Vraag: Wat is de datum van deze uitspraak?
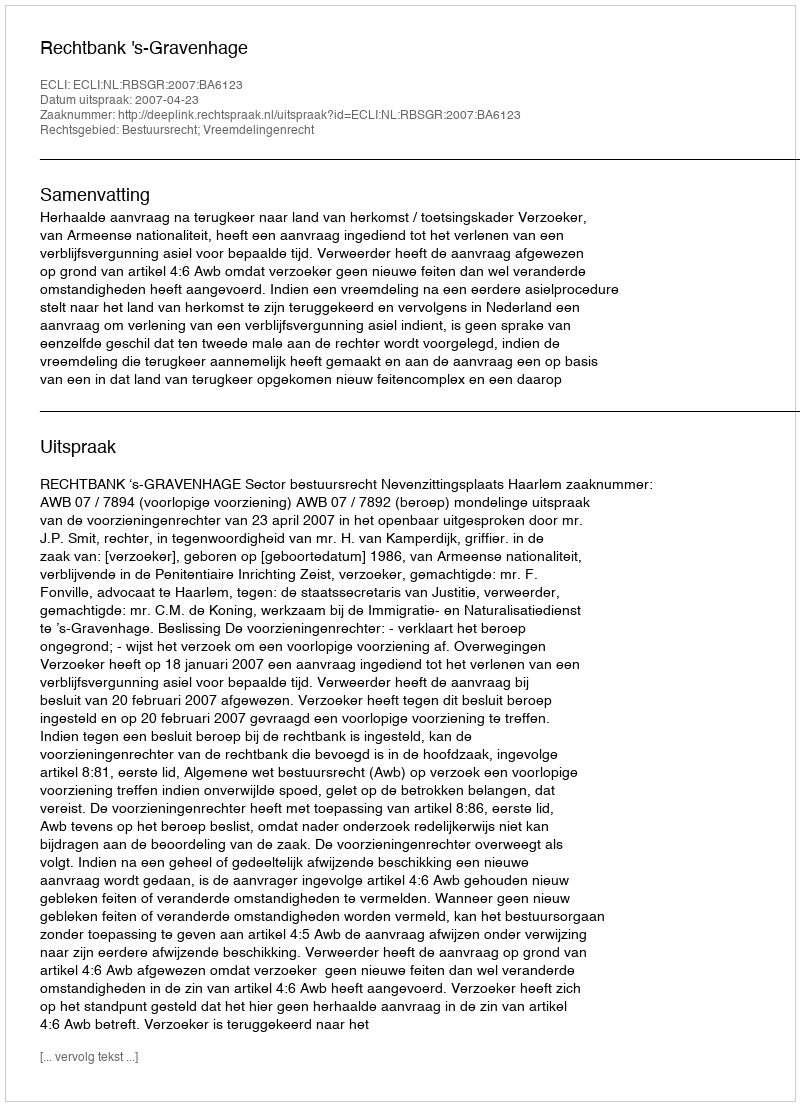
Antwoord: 2007-04-23